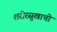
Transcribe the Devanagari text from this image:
शरीरसुखाची